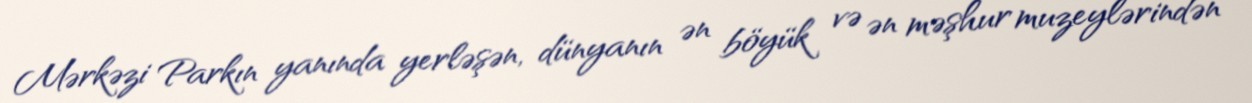
Mərkəzi Parkın yanında yerləşən, dünyanın ən böyük və ən məşhur muzeylərindən